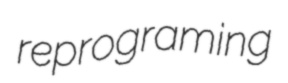
reprograming